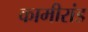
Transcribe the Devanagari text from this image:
कामीरांड